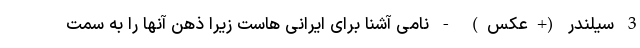
3 سیلندر (+عکس) - نامی آشنا برای ایرانی هاست زیرا ذهن آنها را به سمت